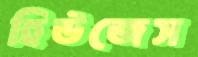
হিউজেস